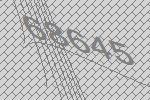
68645